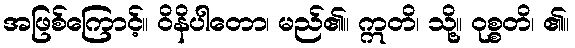
အဖြစ်ကြောင့်။ ဝိနိပါတော၊ မည်၏။ ဣတိ၊ သို့။ ဝုစ္စတိ၊ ၏။